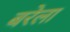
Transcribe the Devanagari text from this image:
बरेला